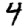
Digit: 4